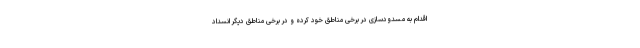
اقدام به مسدودسازی در برخی مناطق خود کرده و در برخی مناطق دیگر انسداد